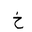
Letter: _kha